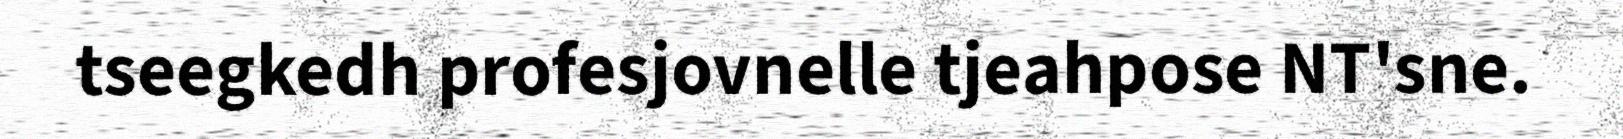
tseegkedh profesjovnelle tjeahpose NT'sne.